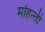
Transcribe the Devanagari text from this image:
मोंहन्ती